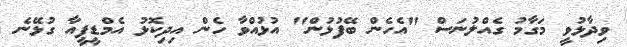
ވިދާޅުވީ މަގާމު ގެއްލުނަސް "އެހެން ބޭފުޅުން" އުޅުއްވާ ހެން އިދިކޮޅު އެމްޑީޕީއާ ގުޅޭނެ